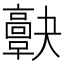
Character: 𩫠